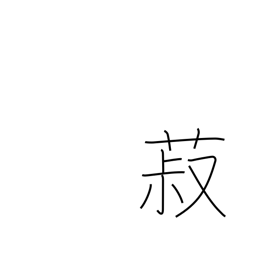
Meaning: beans